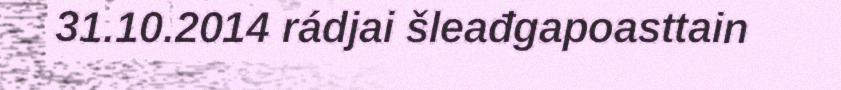
31.10.2014 rádjai šleađgapoasttain